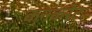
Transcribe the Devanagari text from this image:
कनकरेट